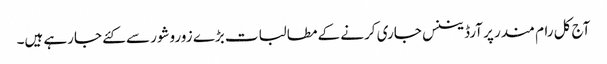
آج کل رام مندر پر آرڈیننس جاری کرنے کے مطالبات بڑے زوروشور سے کئے جارہے ہیں۔